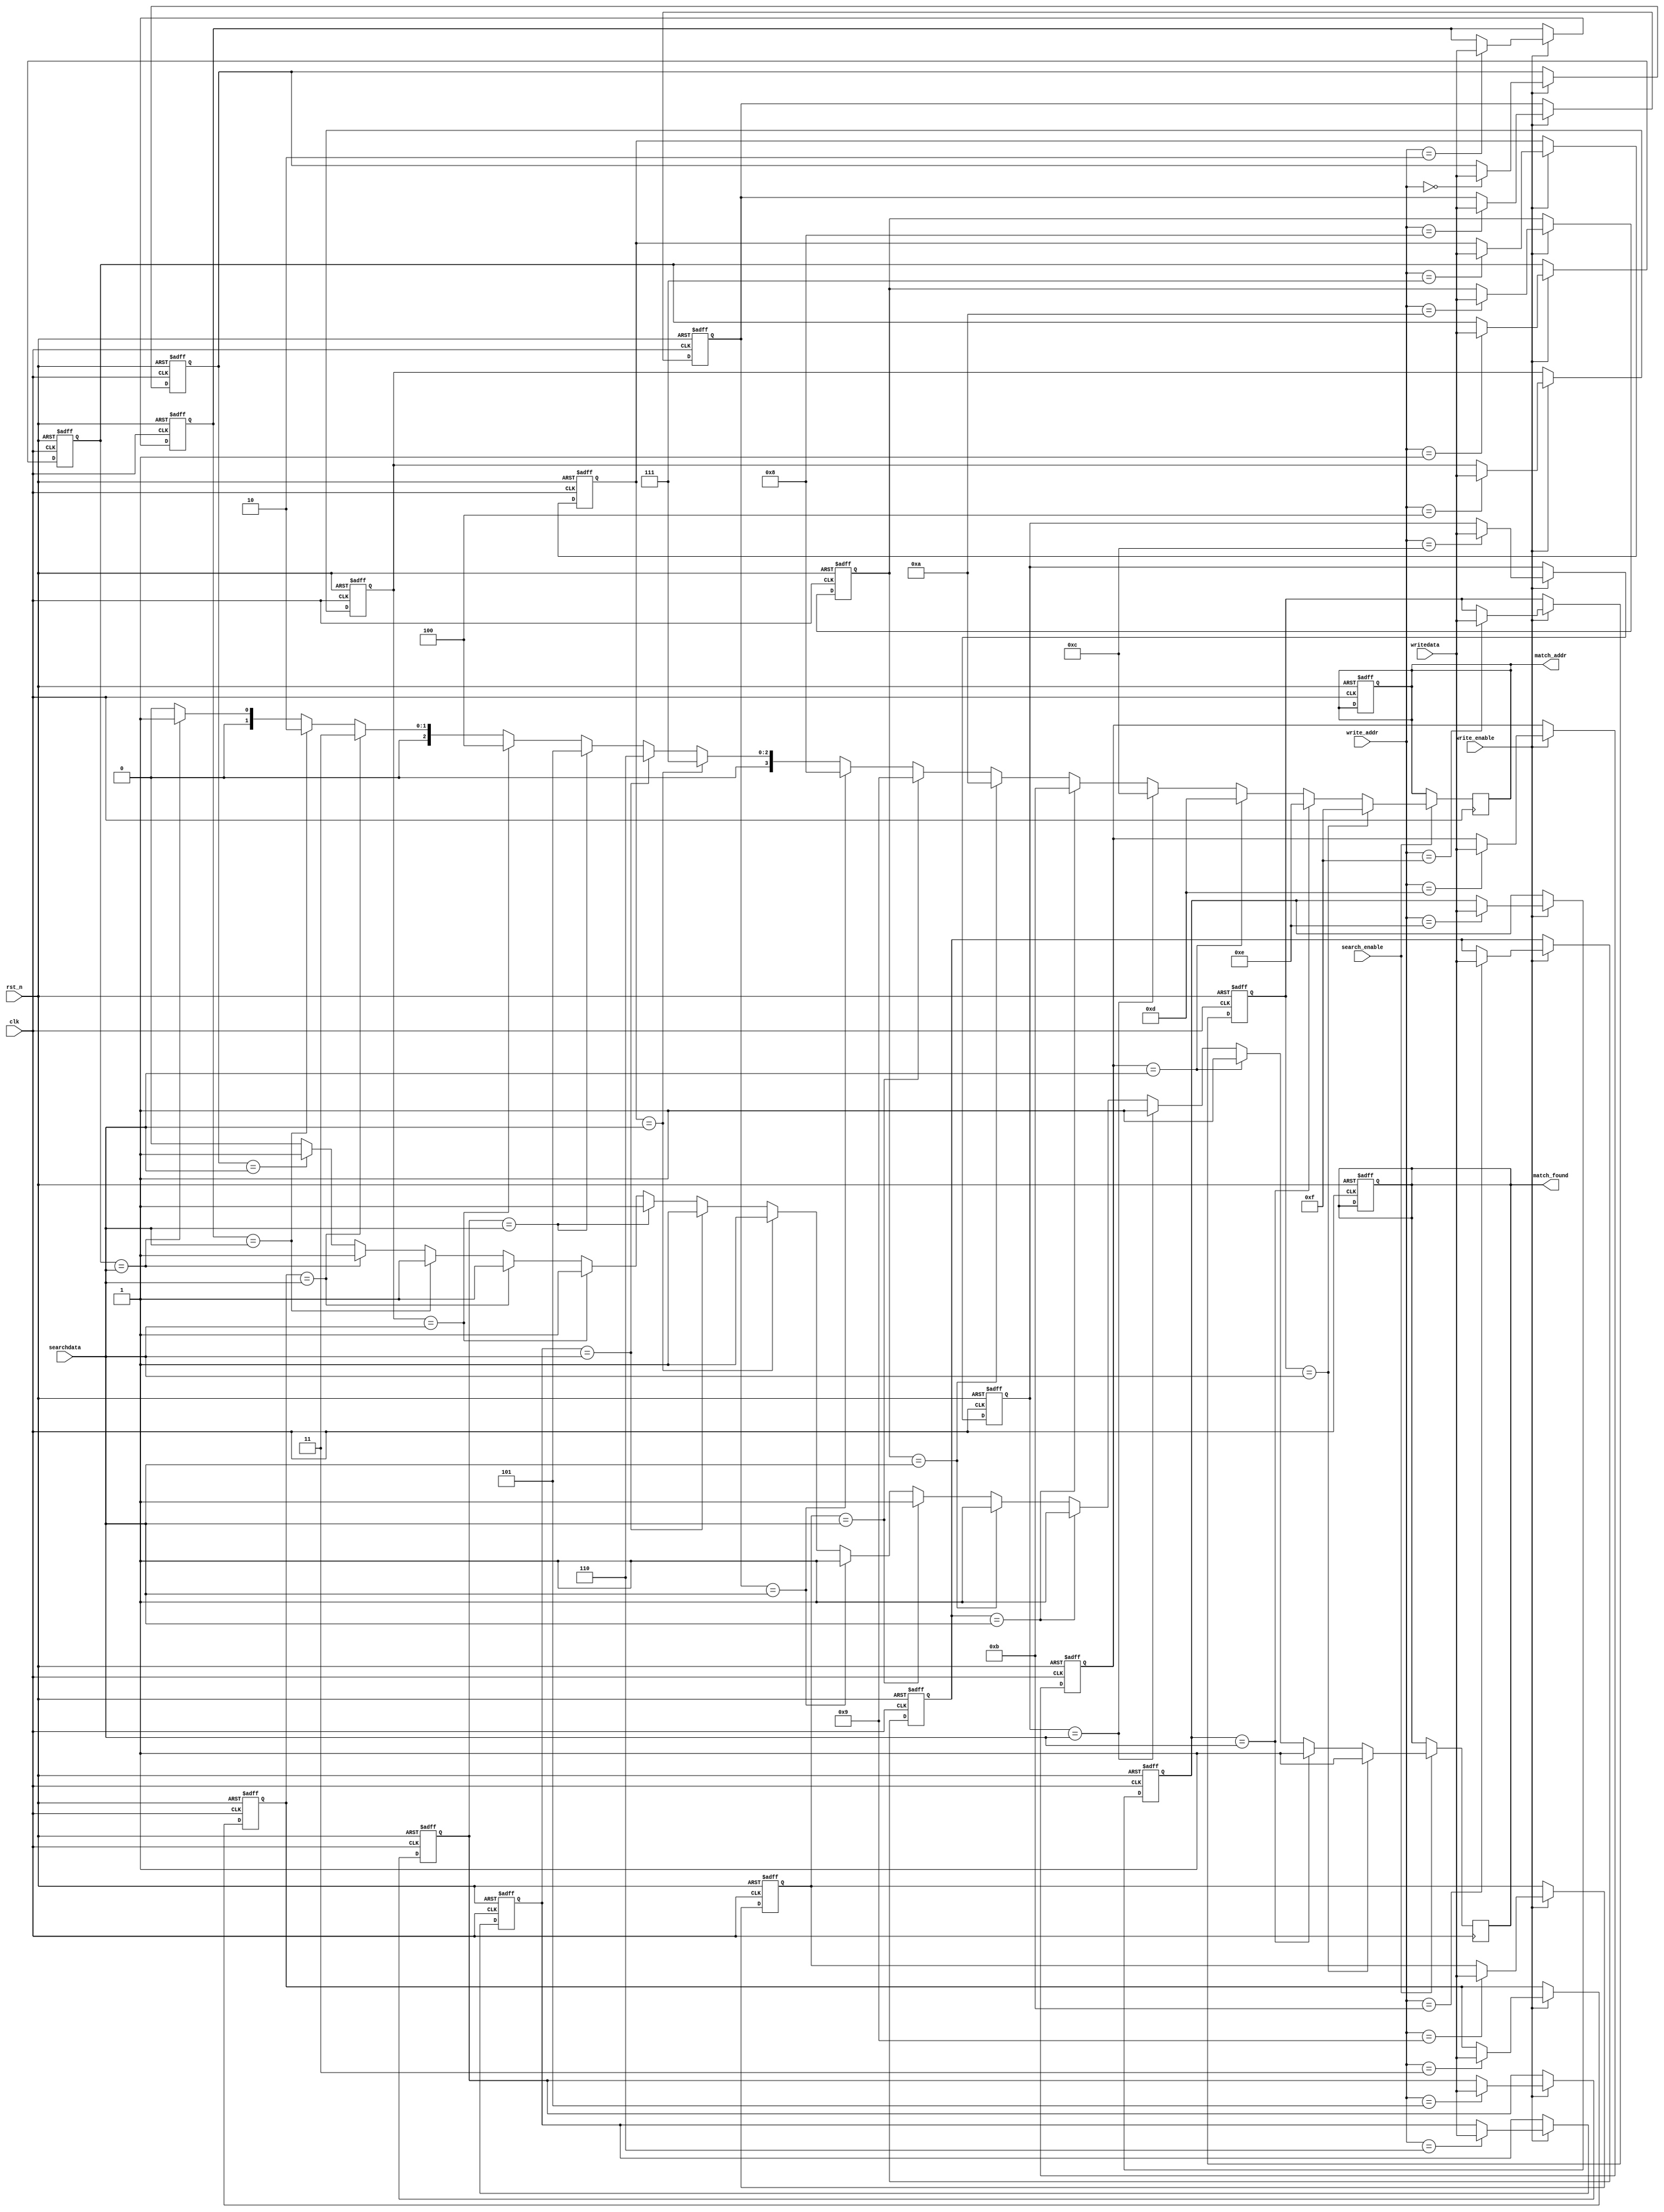
module CAM #(parameter DATA_WIDTH = 8,      // Width of stored data
             parameter ADDR_WIDTH = 4,      // Number of entries in CAM
             parameter ENTRY_WIDTH = DATA_WIDTH) // Width of CAM entry
(
    input wire clk,
    input wire rst_n,
    input wire [ENTRY_WIDTH-1:0] writedata,    // Data to write
    input wire [ADDR_WIDTH-1:0] write_addr,    // Write address
    input wire write_enable,                     // Write enable signal
    input wire [ENTRY_WIDTH-1:0] searchdata,    // Data to search
    input wire search_enable,                    // Search enable signal
    output reg [ADDR_WIDTH-1:0] match_addr,     // Address of matched entry
    output reg match_found                       // Match found signal
);

    // Memory storage array
    reg [ENTRY_WIDTH-1:0] mem_array [0:(1<<ADDR_WIDTH)-1]; // CAM entries
    reg [ADDR_WIDTH-1:0] match_lines [0:(1<<ADDR_WIDTH)-1]; // Match lines

    integer i;

    // Write operation
    always @(posedge clk or negedge rst_n) begin
        if (!rst_n) begin
            for (i = 0; i < (1 << ADDR_WIDTH); i = i + 1) begin
                mem_array[i] <= {ENTRY_WIDTH{1'b0}};
                match_lines[i] <= {ADDR_WIDTH{1'b0}};
            end
            match_addr <= {ADDR_WIDTH{1'b0}};
            match_found <= 1'b0;
        end else if (write_enable) begin
            mem_array[write_addr] <= writedata; // Write data to specified address
        end
    end

    // Search operation
    always @(posedge clk) begin
        if (search_enable) begin
            match_found <= 1'b0; // Reset match found signal
            match_addr <= {ADDR_WIDTH{1'b0}}; // Reset match address

            for (i = 0; i < (1 << ADDR_WIDTH); i = i + 1) begin
                // Compare input search data with stored entries
                if (mem_array[i] == searchdata) begin
                    match_found <= 1'b1; // Found a match
                    match_addr <= i;     // Store the address of the match
                    match_lines[i] <= i; // Set match line (optional)
                end
            end
        end
    end

endmodule